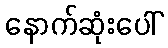
နောက်ဆုံးပေါ်